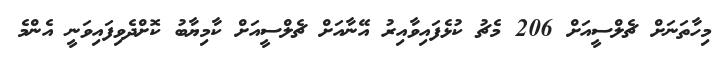
މިހާތަނަށް ޗެލްސީއަށް 206 މެޗު ކުޅެފައިވާއިރު އޭނާއަށް ޗެލްސީއަށް ކާމިޔާބު ކޮށްދެވިފައިވަނީ އެންމެ